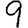
Digit: 9